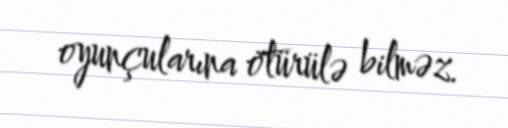
oyunçularına ötürülə bilməz.